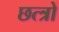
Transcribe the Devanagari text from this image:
छत्त्रो